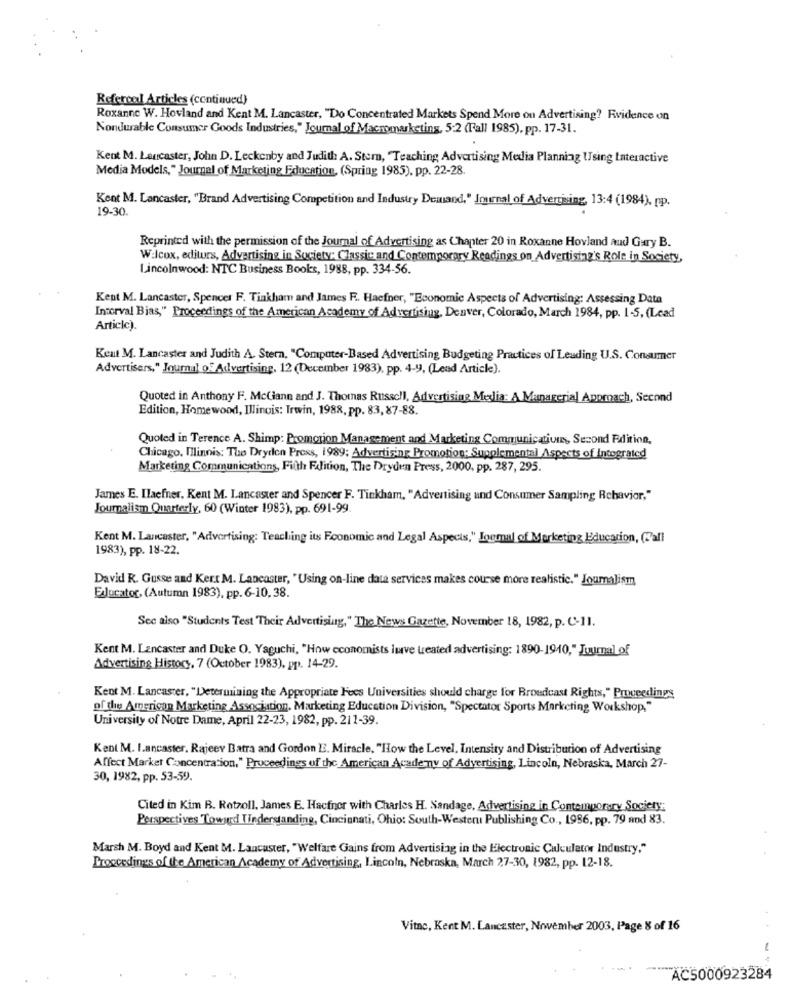
Refercal Articles (continued)
Roxanne W. Hovland and Kent M. Lancaster, "Do Concentrated Markets Spend More on Advertising? Rvidence on
Nondurable Consumer Goods Industries," Journal of Macmmarketing, 5:2 (Fall 1985), pp. 17-31.
Kent M. Lancaster, John D. Leckenby and Judith A. Stem, "Teaching Advertising Media Planning Using Interactive
Media Models," Journal of Marketing Education, (Spring 1985). pp. 22-28.
Kent M. Lancaster, "Brand Advertising Competition and Industry Demand," Journal of Advertising, 13:4 (1984), pp.
19-30.
Reprinted with the permission of the Journal of Advertising as Chapter 20 in Roxanne Hovland aud Gary B.
Wilcox, editors, Advertising in Society: Classic and Contemporary Readings on Advertising's Role in Society,
Lincolnwood: NTC Business Books, 1988, pp. 334-56.
Kent M. Lancaster, Spencer F. Tinkham and James F .. Haefner, "Economic Aspects of Advertising: Assessing Data
Interval Bias," Proceedings of the American Academy of Advertising, Denver, Colorado, March 1984, pp. 1-5, (Lead
Articlc).
Kent M. Lancaster and Judith A. Stern, "Computer-Based Advertising Budgeting Practices of Leading U.S. Consumer
Advertisers," Journal of Advertising. 12 (December 1983), pp. 4-9, (Lead Article).
Quoted in Anthony F. McClann and J. Thomas Russell, Advertising Media: A Managerial Approach, Second
Edition, Homewood, Illinois: Irwin, 1988, pp. 83, 87-88.
Quoted in Terence A. Shimp: Promotion Management and Marketing Communications, Second Edition,
Chicago, Illinois: The Dryden Press, 1989; Advertising Promotion: Supplemental Aspects of Intograted
Marketing Communications, Fifth FJition, The Dryden Press, 2000, pp. 287, 295.
James E. Ilaefner, Rent M. Lancaster and Spencer F. Tinkham, "Advertising and Consumer Sampling Rchavior,"
Journalism Quarterly, 60 (Winter 1983), pp. 691-99
Kent M. Lancaster, "Advertising: Teaching its Foonomic and Legal Aspects," Journal of Marketing Education, (Call
1983), pp. 18-22.
David R. Gusse and Kert M. Lancaster, " Using on-line data services makes course more realistic." Journalism,
EJucator, (Autumn 1983), pp. 6-10, 38.
See also "Students Test Their Advertising, " The News Gazette, November 18, 1982, p. C-11.
Kent M. Lancaster and Duke O. Yaguchi, "How economists luve treated advertising: 1890-1940," Juumal of
Advertising History, 7 (October 1983), pp. 14-29.
Kent M. Lancaster, "Determining the Appropriate Fees Universities should charge for Broadcast Rights," Proceedings
of the American Marketing Association. Marketing Education Division, "Spectator Sports Marketing Workshop,"
University of Notre Dame, April 22-23, 1982, pp. 211-39.
Kent M. I.ancaster. Rajeev Batra and Gordon . Miracle, "How the Level, Intensity and Distribution of Advertising
Affect Market Concentration," Proceedings of the American Academy of Advertising, Lincoln, Nebraska, March 27-
30, 1982, pp. 53-59.
Cited in Kim B. Rotzoll, James E. Hacfnor with Charles H. Sandage, Advertising in Contemporary Society:
Perspectives Toward Tinderstanding, Cincinnati, Ohio: South-Western Publishing Co ., 1986, pp. 79 and 83.
Marsh M. Boyd and Kent M. Lancaster, "Welfare Gains from Advertising in the Electronic Calculator Industry,"
Proceedings of the American Academy of Advertising, Lincoln, Nebraska, March 27-30, 1982, pp. 12-18.
Vitae, Kent M. Lancester, Nowember 2003, Page 8 of 16
AC5000923284